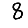
Digit: 8